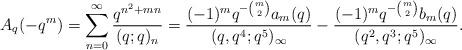
LaTeX: \begin{align*}A_{q}(-q^{m})=\sum_{n=0}^{\infty}\frac{q^{n^{2}+mn}}{(q;q)_{n}}=\frac{(-1)^{m}q^{-\binom{m}{2}}a_{m}(q)}{(q,q^{4};q^{5})_{\infty}}-\frac{(-1)^{m}q^{-\binom{m}{2}}b_{m}(q)}{(q^{2},q^{3};q^{5})_{\infty}}.\end{align*}